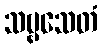
သဗ္ဗသေတံ